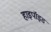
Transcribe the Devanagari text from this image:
हाइपॉइड